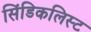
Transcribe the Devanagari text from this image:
सिंडिकलिस्ट